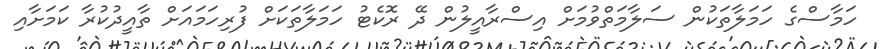
ހަމާސްގެ ހަމަލާތަކުން ސަލާމަތްވުމަށް އިސްރާއީލުން ދޭ ރޮކެޓު ހަމަލާތަކަށް ފުރިހަމައަށް ތާއީދުކުރާ ކަމަށާއި